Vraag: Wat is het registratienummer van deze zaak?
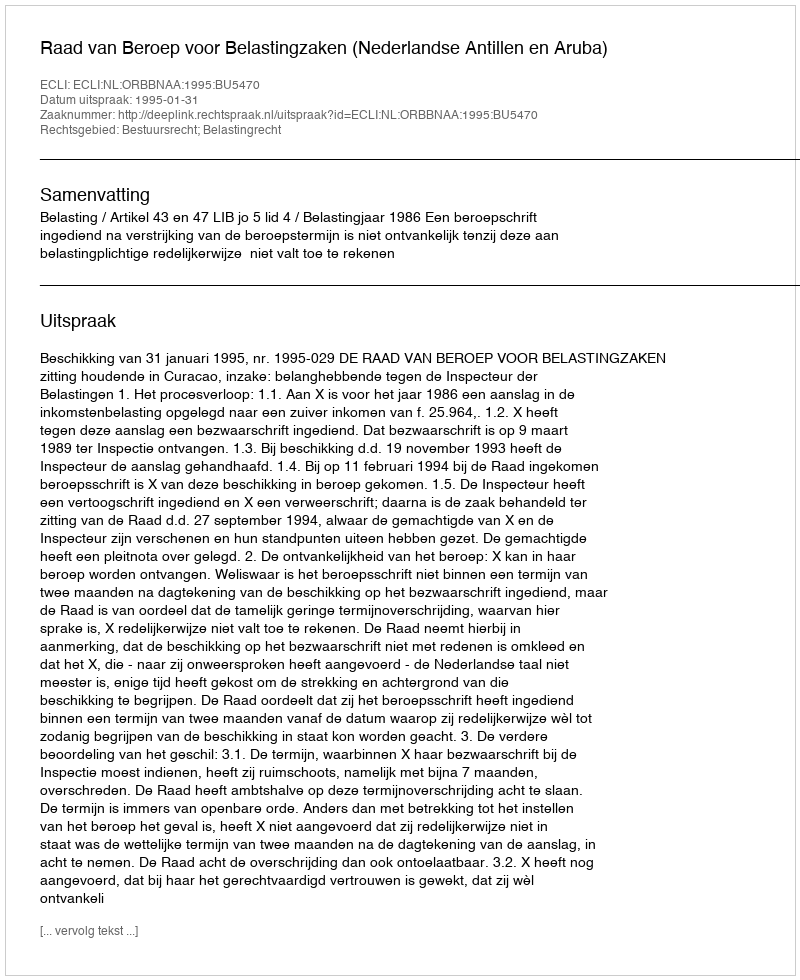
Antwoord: http://deeplink.rechtspraak.nl/uitspraak?id=ECLI:NL:ORBBNAA:1995:BU5470